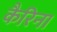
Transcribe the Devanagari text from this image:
कैरिना